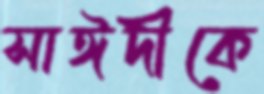
সাঈদীকে